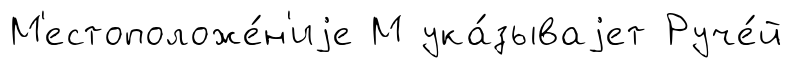
М'естоположе́н'иjе М ука́зываjет Руче́й